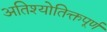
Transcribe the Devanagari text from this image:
अतिश्योतिक्तपूर्ण